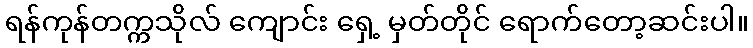
ရန်ကုန်တက္ကသိုလ် ကျောင်း ရှေ့ မှတ်တိုင် ရောက်တော့ဆင်းပါ။